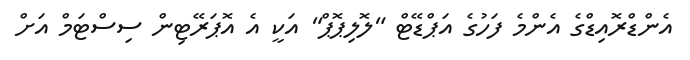
އެންޑްރޮއިޑްގެ އެންމެ ފަހުގެ އަޕްޑޭޓް "ލޮލިޕޮޕް" އަކީ އެ އޮޕަރޭޓިން ސިސްޓަމް އަށް